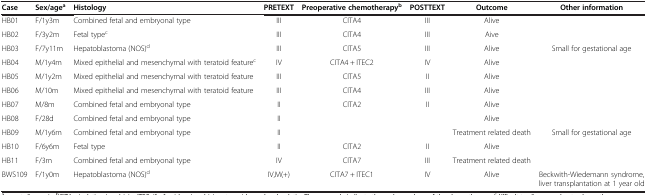
<table><thead><tr><td><b>Case</b></td><td><b>Sex/age<sup>a</sup></b></td><td><b>Histology</b></td><td><b>PRETEXT</b></td><td><b>Preoperative chemotherapy<sup>b</sup></b></td><td><b>POSTTEXT</b></td><td><b>Outcome</b></td><td><b>Other information</b></td></tr></thead><tbody><tr><td>HB01</td><td>F/1y3m</td><td>Combined fetal and embryonal type</td><td>III</td><td>CITA4</td><td>III</td><td>Alive</td><td> </td></tr><tr><td>HB02</td><td>F/3y2m</td><td>Fetal type<sup>c</sup></td><td>III</td><td>CITA4</td><td>III</td><td>Aive</td><td> </td></tr><tr><td>HB03</td><td>F/7y11m</td><td>Hepatoblastoma (NOS)<sup>d</sup></td><td>III</td><td>CITA5</td><td>III</td><td>Alive</td><td>Small for gestational age</td></tr><tr><td>HB04</td><td>M/1y4m</td><td>Mixed epithelial and mesenchymal with teratoid feature<sup>c</sup></td><td>IV</td><td>CITA4 + ITEC2</td><td>IV</td><td>Alive</td><td> </td></tr><tr><td>HB05</td><td>M/1y2m</td><td>Mixed epithelial and mesenchymal with teratoid feature</td><td>III</td><td>CITA5</td><td>II</td><td>Alive</td><td> </td></tr><tr><td>HB06</td><td>M/10m</td><td>Mixed epithelial and mesenchymal with teratoid feature</td><td>III</td><td>CITA4</td><td>III</td><td>Alive</td><td> </td></tr><tr><td>HB07</td><td>M/8m</td><td>Combined fetal and embryonal type</td><td>II</td><td>CITA2</td><td>II</td><td>Alive</td><td> </td></tr><tr><td>HB08</td><td>F/28d</td><td>Combined fetal and embryonal type</td><td>II</td><td> </td><td> </td><td>Alive</td><td> </td></tr><tr><td>HB09</td><td>M/1y6m</td><td>Combined fetal and embryonal type</td><td>II</td><td> </td><td> </td><td>Treatment related death</td><td>Small for gestational age</td></tr><tr><td>HB10</td><td>F/6y6m</td><td>Fetal type</td><td>II</td><td>CITA2</td><td>II</td><td>Alive</td><td> </td></tr><tr><td>HB11</td><td>F/3m</td><td>Combined fetal and embryonal type</td><td>IV</td><td>CITA7</td><td>III</td><td>Treatment related death</td><td> </td></tr><tr><td>BWS109</td><td>F/1y0m</td><td>Hepatoblastoma (NOS)<sup>d</sup></td><td>IV,M(+)</td><td>CITA7 + ITEC1</td><td>IV</td><td>Alive</td><td>Beckwith-Wiedemann syndrome, liver transplantation at 1 year old</td></tr></tbody></table>